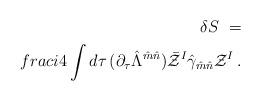
LaTeX: \begin{align*}\delta S \ =\\frac i4 \int d\tau\, (\partial_\tau \hat \Lambda^{\hat m\hat n})\bar {\cal Z}^I \hat\gamma_{\hat m\hat n} {\cal Z}^I\,.\end{align*}